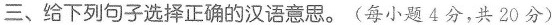
三、给下列句子选择正确的汉语意思。（每小题4分，共20分）